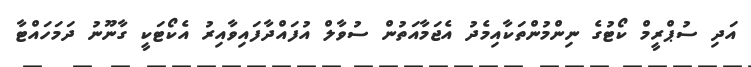
އަދި ސުޕްރީމް ކޯޓުގެ ނިންމުންތަކާއިމެދު އެޖަމާއަތުން ސުވާލް އުފައްދާފައިވާއިރު އެކޯޓަކީ ގާނޫނު ދަމަހައްޓާ